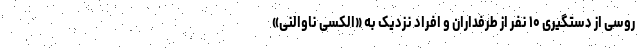
روسی از دستگیری ۱۰ نفر از طرفداران و افراد نزدیک به «الکسی ناوالنی»